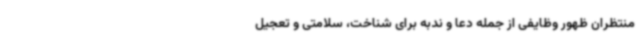
منتظران ظهور وظایفی از جمله دعا و ندبه برای شناخت، سلامتی و تعجیل